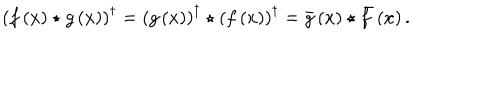
\left( f \left( x \right) \star g \left( x \right) \right) ^ { \dagger } = \left( g \left( x \right) \right) ^ { \dagger } \star \left( f \left( x \right) \right) ^ { \dagger } = \bar { g } \left( x \right) \star \bar { f } \left( x \right) .